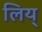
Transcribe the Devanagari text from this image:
लिय्